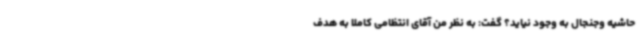
حاشیه وجنجال به وجود نیاید؟ گفت: به نظر من آقای انتظامی کاملا به هدف